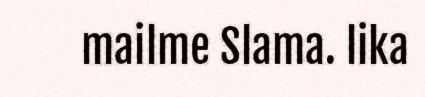
mailme Slama. lika